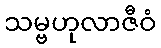
သမ္ဗဟုလာဇီဝံ